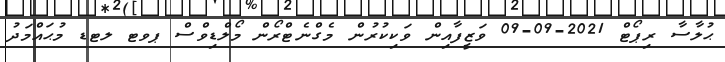
ޙުލާސާ ރިޕޯޓް 2021-09-09 ވަޒީފާއިން ވަކިކުރުން މެގްނެޓްރޯން މޯލްޑިވްސް ޕވޓ ލޓޑ މުޙައްމަދު